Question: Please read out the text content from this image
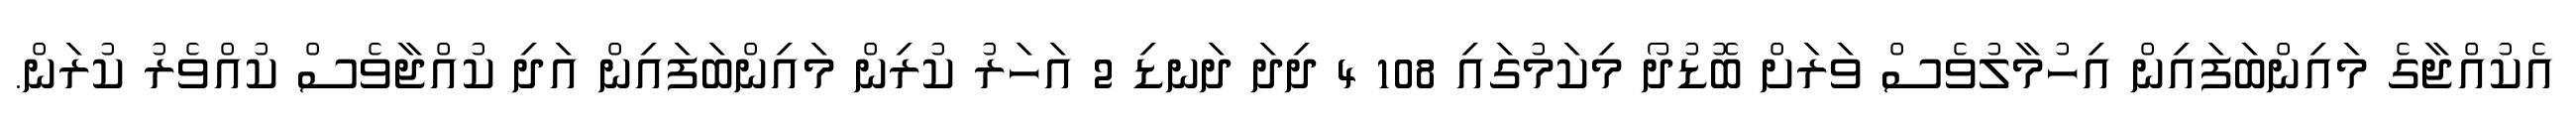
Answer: އެކުއްޖާގެ މައިންބަފައިން އިހުމާލުވެސް ވަރަށް ބޮޑުދޯ މިކަމުގައި 108 4 ދިދަ ދަނޑި 2 އަހަރު ކުރިން މައިންބަފައިން އަދި ކުއްޖާވެސް ކުއްވެރު ކުރަން.